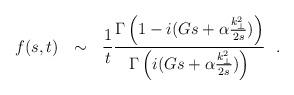
LaTeX: \begin{align*}f(s,t)~~\sim~~{1 \over t} { {\Gamma \left(1 - i(Gs + \alpha {k_{\perp}^2\over 2s} ) \right )} \over {\Gamma \left(i (Gs + \alpha {k_{\perp}^2\over 2s}) \right ) } }~~. \end{align*}